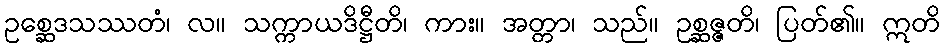
ဥစ္ဆေဒသဿတံ၊ လ။ သက္ကာယဒိဋ္ဌီတိ၊ ကား။ အတ္တာ၊ သည်။ ဥစ္ဆဇ္ဇတိ၊ ပြတ်၏။ ဣတိ